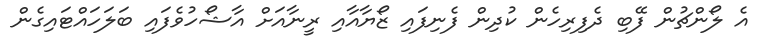
އެ ލޯންޗުން ފޭބި ދެފިރިހެން ކުދިން ފެނިފައި ޒޯޔާއާއި ރީނާއަށް އާޝޯހުވެފައި ބަލަހައްޓައިގެން